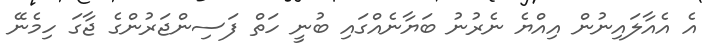
އެ އެއާލައިނުން އިއްޔެ ނެރުނު ބަޔާނެއްގައި ބުނީ ހަތް ފަސިންޖަރުންގެ ޖާގަ ހިމެނޭ